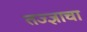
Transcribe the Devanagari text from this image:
तज्ज्ञाचा